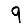
Digit: 9